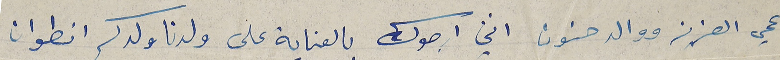
عمي العزيز ووالد حنون انني ارجوك بالعناية على ولدنا ولدكم انطوان